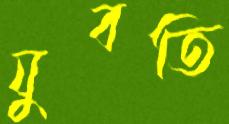
যুবতি